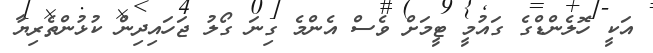
އަކީ ހޮލެންޑްގެ ގައުމީ ޓީމަށް ވެސް އެންމެ ގިނަ ގޯލު ޖަހައިދިން ކުޅުންތެރިޔާ